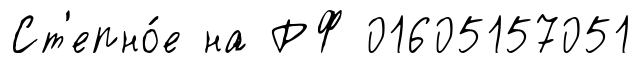
Ст'епно́е на РФ 01605157051